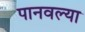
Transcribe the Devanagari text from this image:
पानवल्या